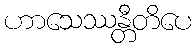
ဟာသေဿန္တီတိပေ